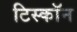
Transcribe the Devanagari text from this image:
टिस्कॉन